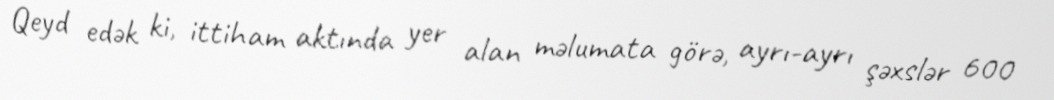
Qeyd edək ki, ittiham aktında yer alan məlumata görə, ayrı-ayrı şəxslər 600